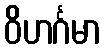
ဝိဟင်္ဂမာ